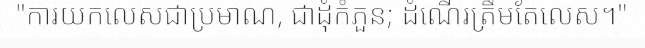
"ការយកលេសជាប្រមាណ, ជាដុំកំភួន; ដំណើរត្រឹមតែលេស។"